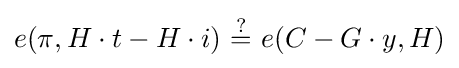
e(\pi ,H\cdot t-H\cdot i)\ {\stackrel {?}{=}}\ e(C-G\cdot y,H)